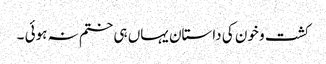
کشت و خون کی داستان یہاں ہی ختم نہ ہوئی ۔